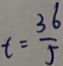
t = \frac { 3 6 } { 5 }